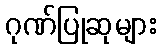
ဂုဏ်ပြုဆုများ